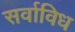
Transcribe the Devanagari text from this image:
सर्वाविध